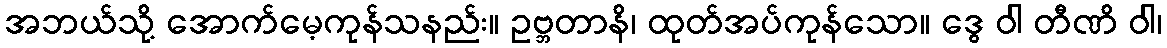
အဘယ်သို့ အောက်မေ့ကုန်သနည်း။ ဥဗ္ဘတာနိ၊ ထုတ်အပ်ကုန်သော။ ဒွေ ဝါ တီဏိ ဝါ၊